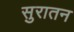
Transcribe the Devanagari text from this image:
सुरातन